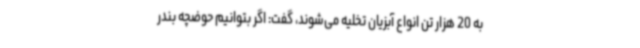
به 20 هزار تن انواع آبزیان تخلیه می‌شوند، گفت: اگر بتوانیم حوضچه بندر